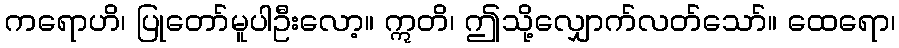
ကရောဟိ၊ ပြုတော်မူပါဦးလော့။ ဣတိ၊ ဤသို့လျှောက်လတ်သော်။ ထေရော၊